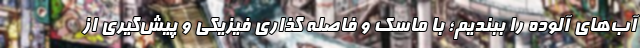
آب‌های آلوده را ببندیم؛ با ماسک و فاصله گذاری فیزیکی و پیش‌گیری از